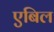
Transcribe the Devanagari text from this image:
एबिल